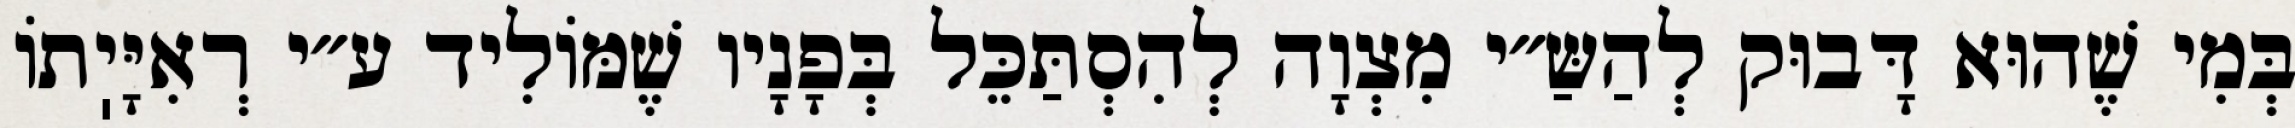
בְּמִי שֶׁהוּא דָּבוּק לְהַשַּ״י מִצְוָה לְהִסְתַּכֵּל בְּפָנָיו שֶׁמּוֹלִיד ע״י רְאִיָּיֽתוֹ